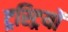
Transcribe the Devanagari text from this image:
ट्रस्ट्रियों